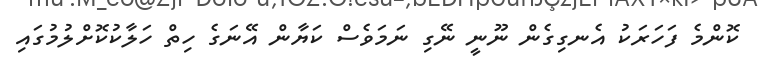
ކޮންމެ ފަހަރަކު އެނގިގެން ނޫނީ ނޭގި ނަމަވެސް ކަޔާން އޭނަގެ ހިތް ހަލާކުކޮށްލުމުގައި